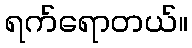
ရက်ရောတယ်။